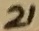
Text: 21